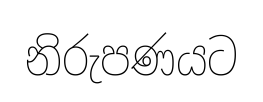
නිරුපණයට